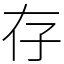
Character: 存